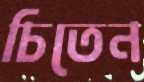
চিতেন